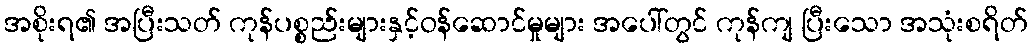
အစိုးရ၏ အပြီးသတ် ကုန်ပစ္စည်းများနှင့်ဝန်ဆောင်မှုများ အပေါ်တွင် ကုန်ကျ ပြီးသော အသုံးစရိတ်